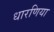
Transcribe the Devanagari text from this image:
धारणिया